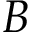
B